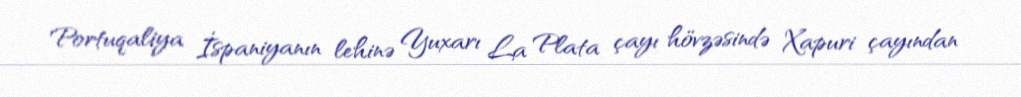
Portuqaliya İspaniyanın lehinə Yuxarı La Plata çayı hövzəsində Xapuri çayından